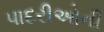
પાદરીઓની